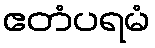
ဧတံပရမံ